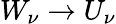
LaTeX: W_{\nu}\rightarrow U_{\nu}